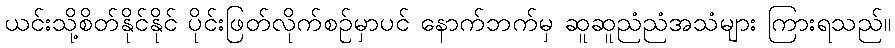
ယင်းသို့စိတ်နိုင်နိုင် ပိုင်းဖြတ်လိုက်စဉ်မှာပင် နောက်ဘက်မှ ဆူဆူညံညံအသံများ ကြားရသည်။